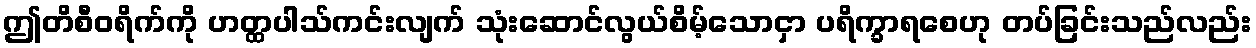
ဤတိစီဝရိက်ကို ဟတ္ထပါသ်ကင်းလျက် သုံးဆောင်လွယ်စိမ့်သောငှာ ပရိက္ခာရစေဟု တပ်ခြင်းသည်လည်း